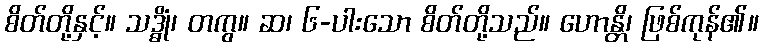
စိတ်တို့နှင့်။ သဒ္ဓိုံ၊ တကွ။ ဆ၊ ၆-ပါးသော စိတ်တို့သည်။ ဟောန္တိ၊ ဖြစ်ကုန်၏။